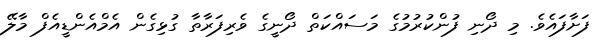
ފަށާފައެވެ. މި ދޯނި ފުންކުރުމުގެ މަސައްކަތް ދޯނީގެ ވެރިފަރާތާ ގުޅިގެން އެމްއެންޑީއެފް މާލޭ